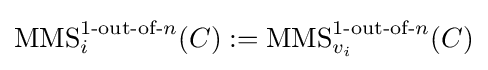
\operatorname {MMS} _{i}^{1{\text{-out-of-}}n}(C):=\operatorname {MMS} _{v_{i}}^{1{\text{-out-of-}}n}(C)